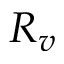
R _ { v }